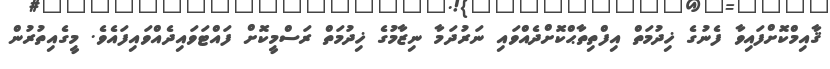
ޤާއިމްކޮށްފައިވާ ފެނުގެ ޚިދުމަތް އިފްތިތާޙްކޮށްދެއްވައި ނަރުދަމާ ނިޒާމުގެ ޚިދުމަތް ރަސްމީކޮށް ފައްޓަވައިދެއްވައިފައެވެ. މީގެއިތުރުން